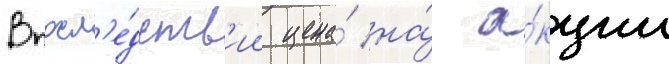
Впосл'е́дств'ии цена́ на́ а́кции